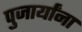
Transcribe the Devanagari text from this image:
पुजार्यांना